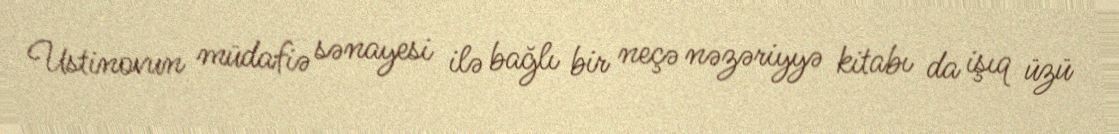
Ustinovun müdafiə sənayesi ilə bağlı bir neçə nəzəriyyə kitabı da işıq üzü